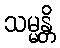
သမ္မန္တိ